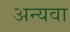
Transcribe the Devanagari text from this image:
अन्यवा